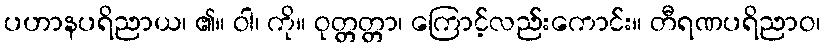
ပဟာနပရိညာယ၊ ၏။ ဝါ၊ ကို။ ဝုတ္တတ္တာ၊ ကြောင့်လည်းကောင်း။ တီရဏပရိညာဝ၊